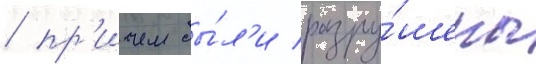
/ пр'ичем бы́л'и разру́шены